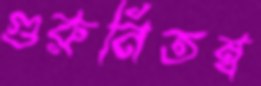
গুরুনিতম্ব